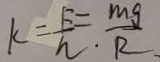
k = \frac { E } { h } = \frac { m g } { R }